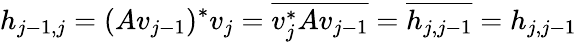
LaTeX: h_{j-1,j}=(Av_{j-1})^{*}v_{j}={\overline{{v_{j}^{*}Av_{j-1}}}}={\overline{{h_{j,j-1}}}}=h_{j,j-1}